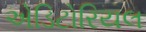
એડિટોરિયલ